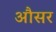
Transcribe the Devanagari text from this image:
औसर